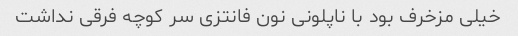
خیلی مزخرف بود با ناپلونی نون فانتزی سر کوچه فرقی نداشت